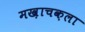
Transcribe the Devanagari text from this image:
मख़ाचक़ला